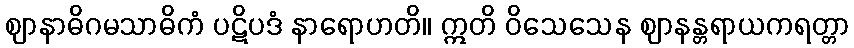
ဈာနာဓိဂမသာဓိကံ ပဋိပဒံ နာရောဟတိ။ ဣတိ ဝိသေသေန ဈာနန္တရာယကရတ္တာ